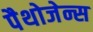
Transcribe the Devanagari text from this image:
पैथोजेन्स